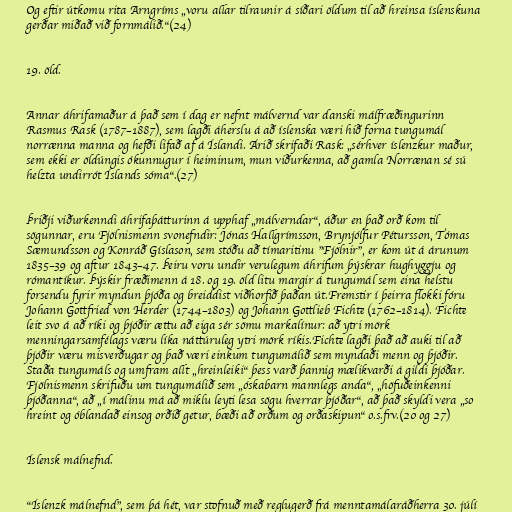
Og eftir útkomu rita Arngríms „voru allar tilraunir á síðari öldum til að hreinsa íslenskuna
gerðar miðað við fornmálið.“(24)

19. öld.

Annar áhrifamaður á það sem í dag er nefnt málvernd var danski málfræðingurinn
Rasmus Rask (1787–1887), sem lagði áherslu á að íslenska væri hið forna tungumál
norrænna manna og hefði lifað af á Íslandi. Árið skrifaði Rask: „sérhver íslenzkur maður,
sem ekki er öldúngis ókunnugur í heiminum, mun viðurkenna, að gamla Norrænan sé sú
helzta undirrót Íslands sóma“.(27)

Þriðji viðurkenndi áhrifaþátturinn á upphaf „málverndar“, áður en það orð kom til
sögunnar, eru Fjölnismenn svonefndir: Jónas Hallgrímsson, Brynjólfur Pétursson, Tómas
Sæmundsson og Konráð Gíslason, sem stóðu að tímaritinu "Fjölnir", er kom út á árunum
1835–39 og aftur 1843–47. Þeiru voru undir verulegum áhrifum þýskrar hughyggju og
rómantíkur. Þýskir fræðimenn á 18. og 19. öld litu margir á tungumál sem eina helstu
forsendu fyrir myndun þjóða og breiddist viðhorfið þaðan út.Fremstir í þeirra flokki fóru
Johann Gottfried von Herder (1744–1803) og Johann Gottlieb Fichte (1762–1814). Fichte
leit svo á að ríki og þjóðir ættu að eiga sér sömu markalínur: að ytri mörk
menningarsamfélags væru líka náttúruleg ytri mörk ríkis.Fichte lagði það að auki til að
þjóðir væru misverðugar og það væri einkum tungumálið sem myndaði menn og þjóðir.
Staða tungumáls og umfram allt „hreinleiki“ þess varð þannig mælikvarði á gildi þjóðar.
Fjölnismenn skrifuðu um tungumálið sem „óskabarn mannlegs anda“, „höfuðeinkenni
þjóðanna“, að „í málinu má að miklu leyti lesa sögu hverrar þjóðar“, að það skyldi vera „so
hreint og óblandað einsog orðið getur, bæði að orðum og orðaskipun“ o.s.frv.(20 og 27)

Íslensk málnefnd.

"Íslenzk málnefnd", sem þá hét, var stofnuð með reglugerð frá menntamálaráðherra 30. júlí